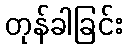
တုန်ခါခြင်း